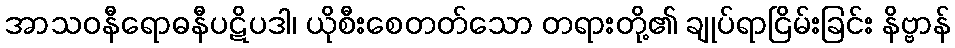
အာသဝနီရောဓနီပဋိပဒါ၊ ယိုစီးစေတတ်သော တရားတို့၏ ချုပ်ရာငြိမ်းခြင်း နိဗ္ဗာန်